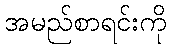
အမည်စာရင်းကို